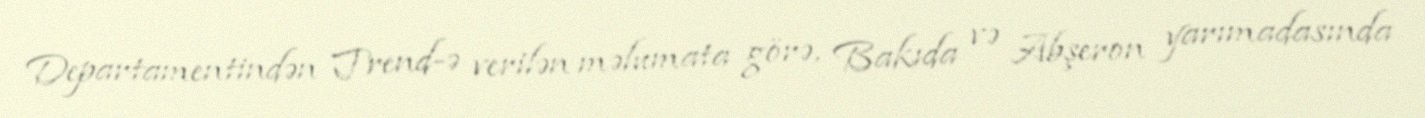
Departamentindən Trend-ə verilən məlumata görə, Bakıda və Abşeron yarımadasında